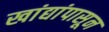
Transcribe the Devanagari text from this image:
खांद्यांपासून